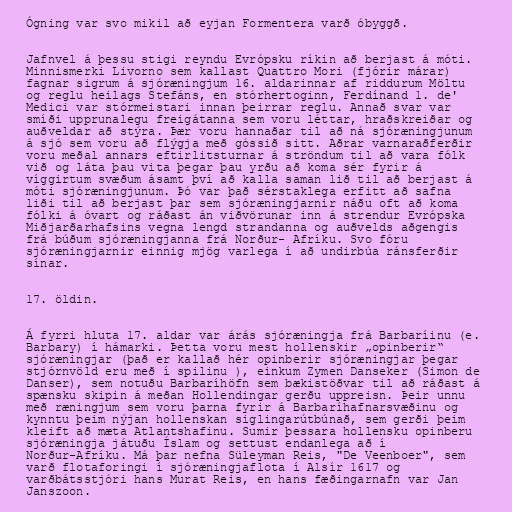
Ógning var svo mikil að eyjan Formentera varð óbyggð.

Jafnvel á þessu stigi reyndu Evrópsku ríkin að berjast á móti.
Minnismerki Livorno sem kallast Quattro Mori (fjórir márar)
fagnar sigrum á sjóræningjum 16. aldarinnar af riddurum Möltu
og reglu heilags Stefáns, en stórhertoginn, Ferdínand 1. de'
Medici var stórmeistari innan þeirrar reglu. Annað svar var
smíði upprunalegu freigátanna sem voru léttar, hraðskreiðar og
auðveldar að stýra. Þær voru hannaðar til að ná sjóræningjunum
á sjó sem voru að flýgja með góssið sitt. Aðrar varnaraðferðir
voru meðal annars eftirlitsturnar á ströndum til að vara fólk
við og láta þau vita þegar þau yrðu að koma sér fyrir á
víggirtum svæðum ásamt því að kalla saman lið til að berjast á
móti sjóræningjunum. Þó var það sérstaklega erfitt að safna
liði til að berjast þar sem sjóræningjarnir náðu oft að koma
fólki á óvart og ráðast án viðvörunar inn á strendur Evrópska
Miðjarðarhafsins vegna lengd strandanna og auðvelds aðgengis
frá búðum sjóræningjanna frá Norður- Afríku. Svo fóru
sjóræningjarnir einnig mjög varlega í að undirbúa ránsferðir
sínar.

17. öldin.

Á fyrri hluta 17. aldar var árás sjóræningja frá Barbaríinu (e.
Barbary) í hámarki. Þetta voru mest hollenskir „opinberir“
sjóræningjar (það er kallað hér opinberir sjóræningjar þegar
stjórnvöld eru með í spilinu ), einkum Zymen Danseker (Simon de
Danser), sem notuðu Barbaríhöfn sem bækistöðvar til að ráðast á
spænsku skipin á meðan Hollendingar gerðu uppreisn. Þeir unnu
með ræningjum sem voru þarna fyrir á Barbaríhafnarsvæðinu og
kynntu þeim nýjan hollenskan siglingarútbúnað, sem gerði þeim
kleift að mæta Atlantshafinu. Sumir þessara hollensku opinberu
sjóræningja játuðu Íslam og settust endanlega að í
Norður-Afríku. Má þar nefna Süleyman Reis, "De Veenboer", sem
varð flotaforingi í sjóræningjaflota í Alsír 1617 og
varðbátsstjóri hans Murat Reis, en hans fæðingarnafn var Jan
Janszoon.